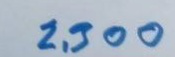
2,300